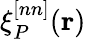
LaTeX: \xi_{P}^{[nn]}(\mathbf{r})